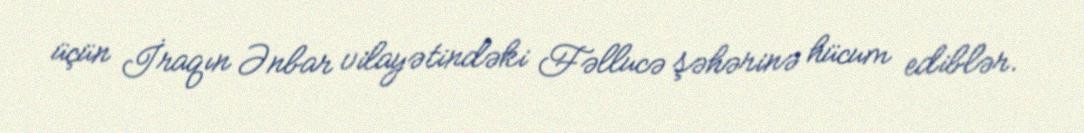
üçün İraqın Ənbar vilayətindəki Fəllucə şəhərinə hücum ediblər.